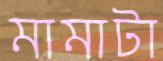
মামাটা